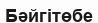
Бәйгітөбе